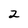
Character: 2